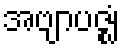
အဗျာပဇ္ဈံ